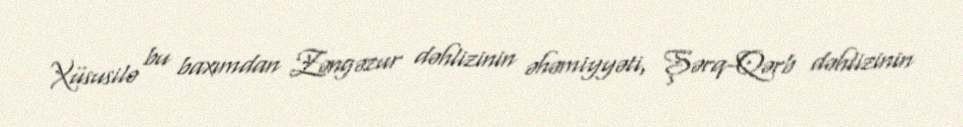
Xüsusilə bu baxımdan Zəngəzur dəhlizinin əhəmiyyəti, Şərq-Qərb dəhlizinin